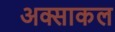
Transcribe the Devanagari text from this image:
अक्साकल